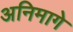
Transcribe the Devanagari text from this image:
अनिमागे